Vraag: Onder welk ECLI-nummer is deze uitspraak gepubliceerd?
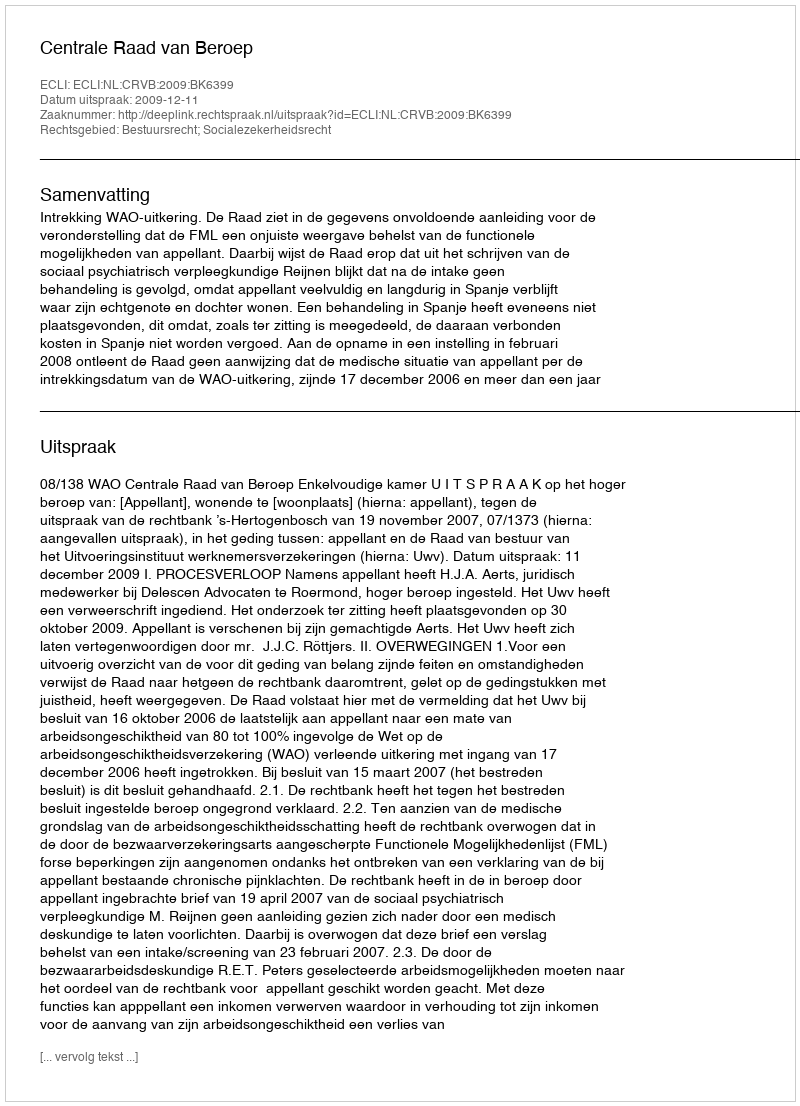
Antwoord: ECLI:NL:CRVB:2009:BK6399